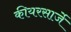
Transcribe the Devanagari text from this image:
कीयरसार्जे